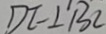
D E \bot B C